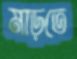
মাড়তে